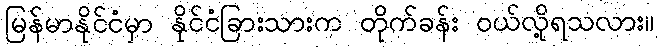
မြန်မာနိုင်ငံမှာ နိုင်ငံခြားသားက တိုက်ခန်း ဝယ်လို့ရသလား။